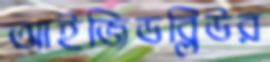
আইজিডব্লিউর